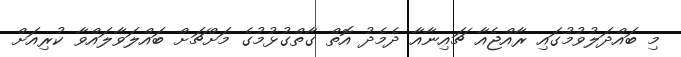
މި ބައްދަލުވުމުގައި ރާއްޖެއާ ޗައިނާއާ ދެމެދު އޮތް ގާތްގުޅުމުގެ މަށްޗަށް ބައްލަވާލައްވާ ކުރިއަށް